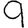
Digit: 9